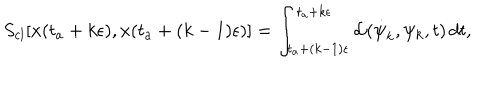
S _ { c l } [ x ( t _ { a } + k \epsilon ) , x ( t _ { a } + ( k - 1 ) \epsilon ) ] = \int _ { t _ { a } + ( k - 1 ) \epsilon } ^ { t _ { a } + k \epsilon } { \cal { L } } ( \dot { \psi } _ { k } , \psi _ { k } , t ) \, d t ,